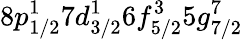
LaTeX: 8p_{1/2}^{1}7d_{3/2}^{1}6f_{5/2}^{3}5g_{7/2}^{7}